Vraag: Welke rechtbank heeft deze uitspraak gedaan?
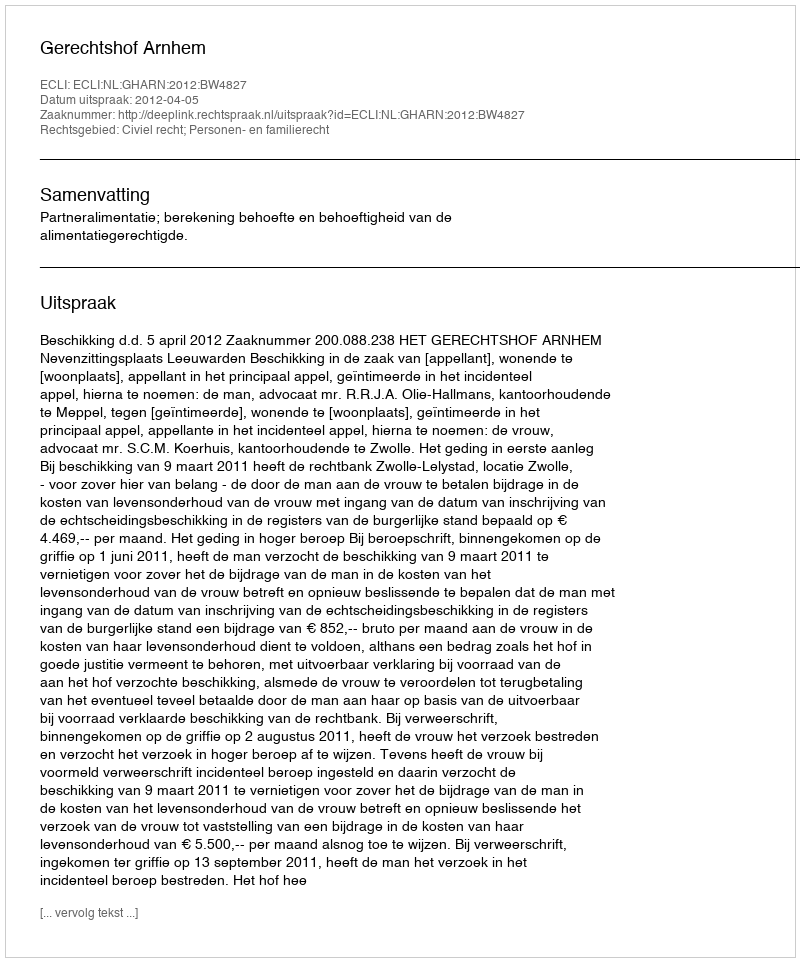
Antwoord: Gerechtshof Arnhem